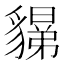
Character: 𧴉